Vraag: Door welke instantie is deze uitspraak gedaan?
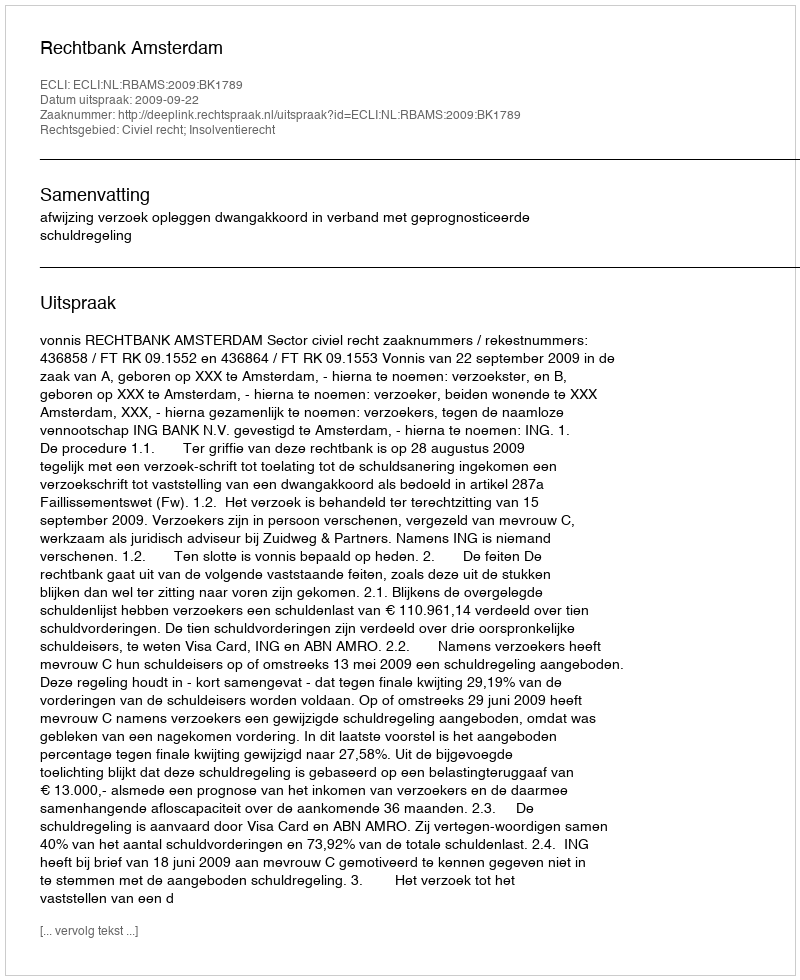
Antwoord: Rechtbank Amsterdam